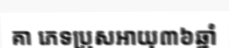
គា ភេទប្រុសអាយុ៣៦ឆ្នាំ